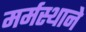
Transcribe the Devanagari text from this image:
मर्मस्थाने